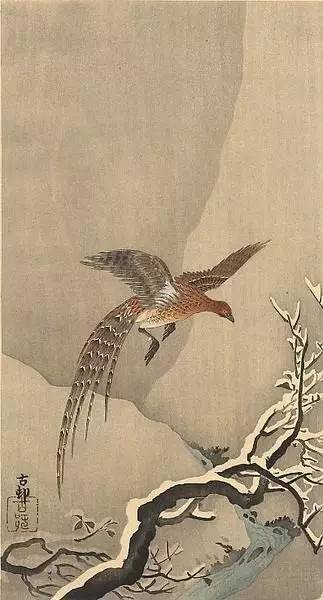
不茶不饭，不言不语，一味供他憔悴。